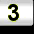
Digit: 3